Vaccination report Assam 1896-1927 - 1896-1927
Year: 1896
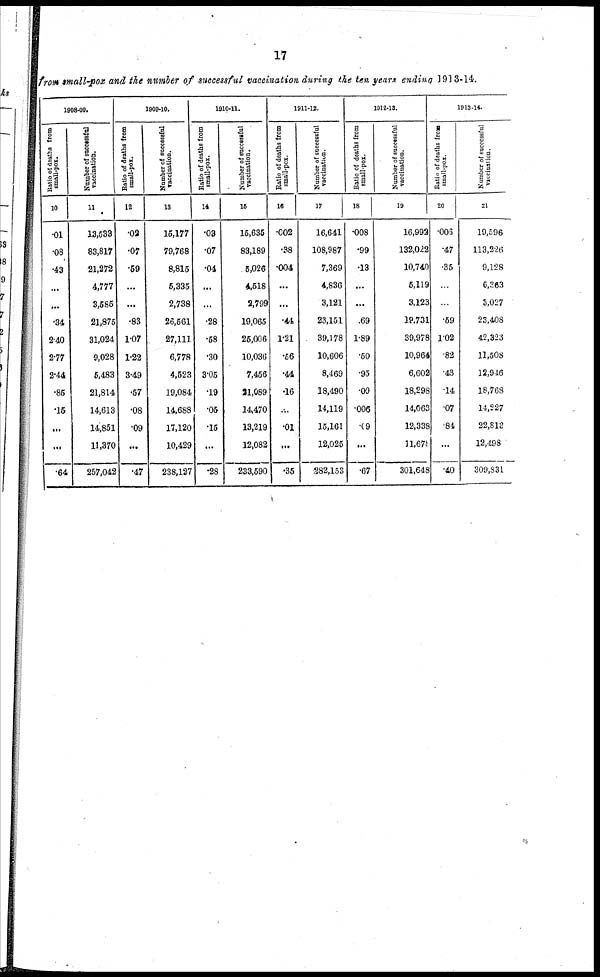
17
from small-pox and the number of successful vaccination during the ten years ending 1913-14.
1908-09.
Ratio of deaths from
small-pox.
10
.01
.08
.43
...
...
.34
2.40
2.77
2.44
.85
.16
...
...
.64
Number of successful
vaccination.
11
13,533
83,817
21,272
4,777
3,585
21,875
31,024
9,028
5,483
21,814
14,613
14,851
11,370
257,042
1909-10.
Ratio of deaths from
small-pox.
12
.02
.07
.69
...
...
.83
1.07
1.22
3.49
.57
.08
.09
...
.47
Number of successful
vaccination.
13
15,177
79,768
8,815
5,335
2,738
26,561
27,111
6,778
4,523
19,084
14,688
17,120
10,429
238,127
1910-11.
Ratio of deaths from
small-pox.
14
.03
.07
.04
...
...
.28
.58
.30
3.06
.19
.05
.15
...
.28
Number of successful
vaccination.
15
15,635
83,189
5,026
4,518
3,799
19,065
25,006
10,036
7,456
91,089
14,470
13,219
12,082
233,590
1911-12.
Ratio of deaths from
small-pox.
16
.002
.38
.004
...
...
.44
1.21
.56
.44
.16
...
.01
...
.35
Number of successful
vaccination.
17
16,641
108,987
7,369
4,836
3,121
23,151
39,178
10,606
8,469
18,490
14,119
15,161
12,025
282,153
1912-13.
Ratio of deaths from
small-pox.
18
.008
.99
.13
...
...
.69
1.89
.50
.95
.09
.006
.09
...
.67
Number of successful
vaccination.
19
16,992
132,022
10,740
6,119
3,123
19,731
39,978
10,964
6,602
18,298
14,063
12,338
11,678
301,648
1913-14.
Ratio of deaths from
small-pox.
20
.006
.47
.35
...
...
.69
1.02
.82
.43
.14
.07
.84
...
.40
Number of successful
vaccination.
21
19,596
113,226
9,128
6,363
3,027
23,408
42,323
11,508
12,946
18,768
14,227
22,813
12,498
309,831